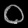
Digit: ၀